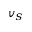
v _ { S }